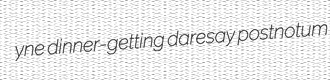
yne dinner-getting daresay postnotum